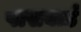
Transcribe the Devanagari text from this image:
पासवार्ड